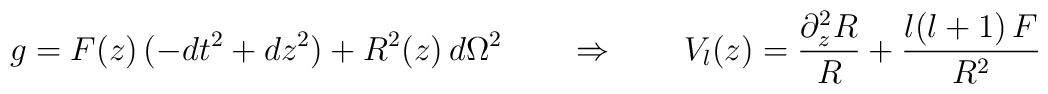
g=F(z)\,(-dt^2+dz^2)+R^2(z)\,d\Omega^2\qquad \Rightarrow \qquad V_l(z)=\frac{\partial_z^2 R}{R}+\frac{l(l+1)\, F}{R^2}